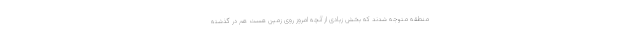
منطقه متوجه شدند که بخش زیادی از آنچه امروز روی زمین هست هم در گذشته